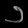
Digit: ၁